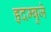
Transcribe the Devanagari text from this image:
हृदम्बुजे